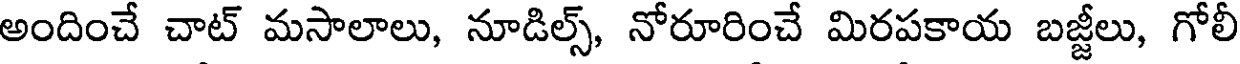
అందించే చాట్ మసాలాలు, నూడిల్స్, నోరూరించే మిరపకాయ బజ్జీలు, గోలీ